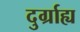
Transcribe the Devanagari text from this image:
दुर्ग्राह्य